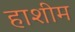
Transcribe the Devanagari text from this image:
हाशीम